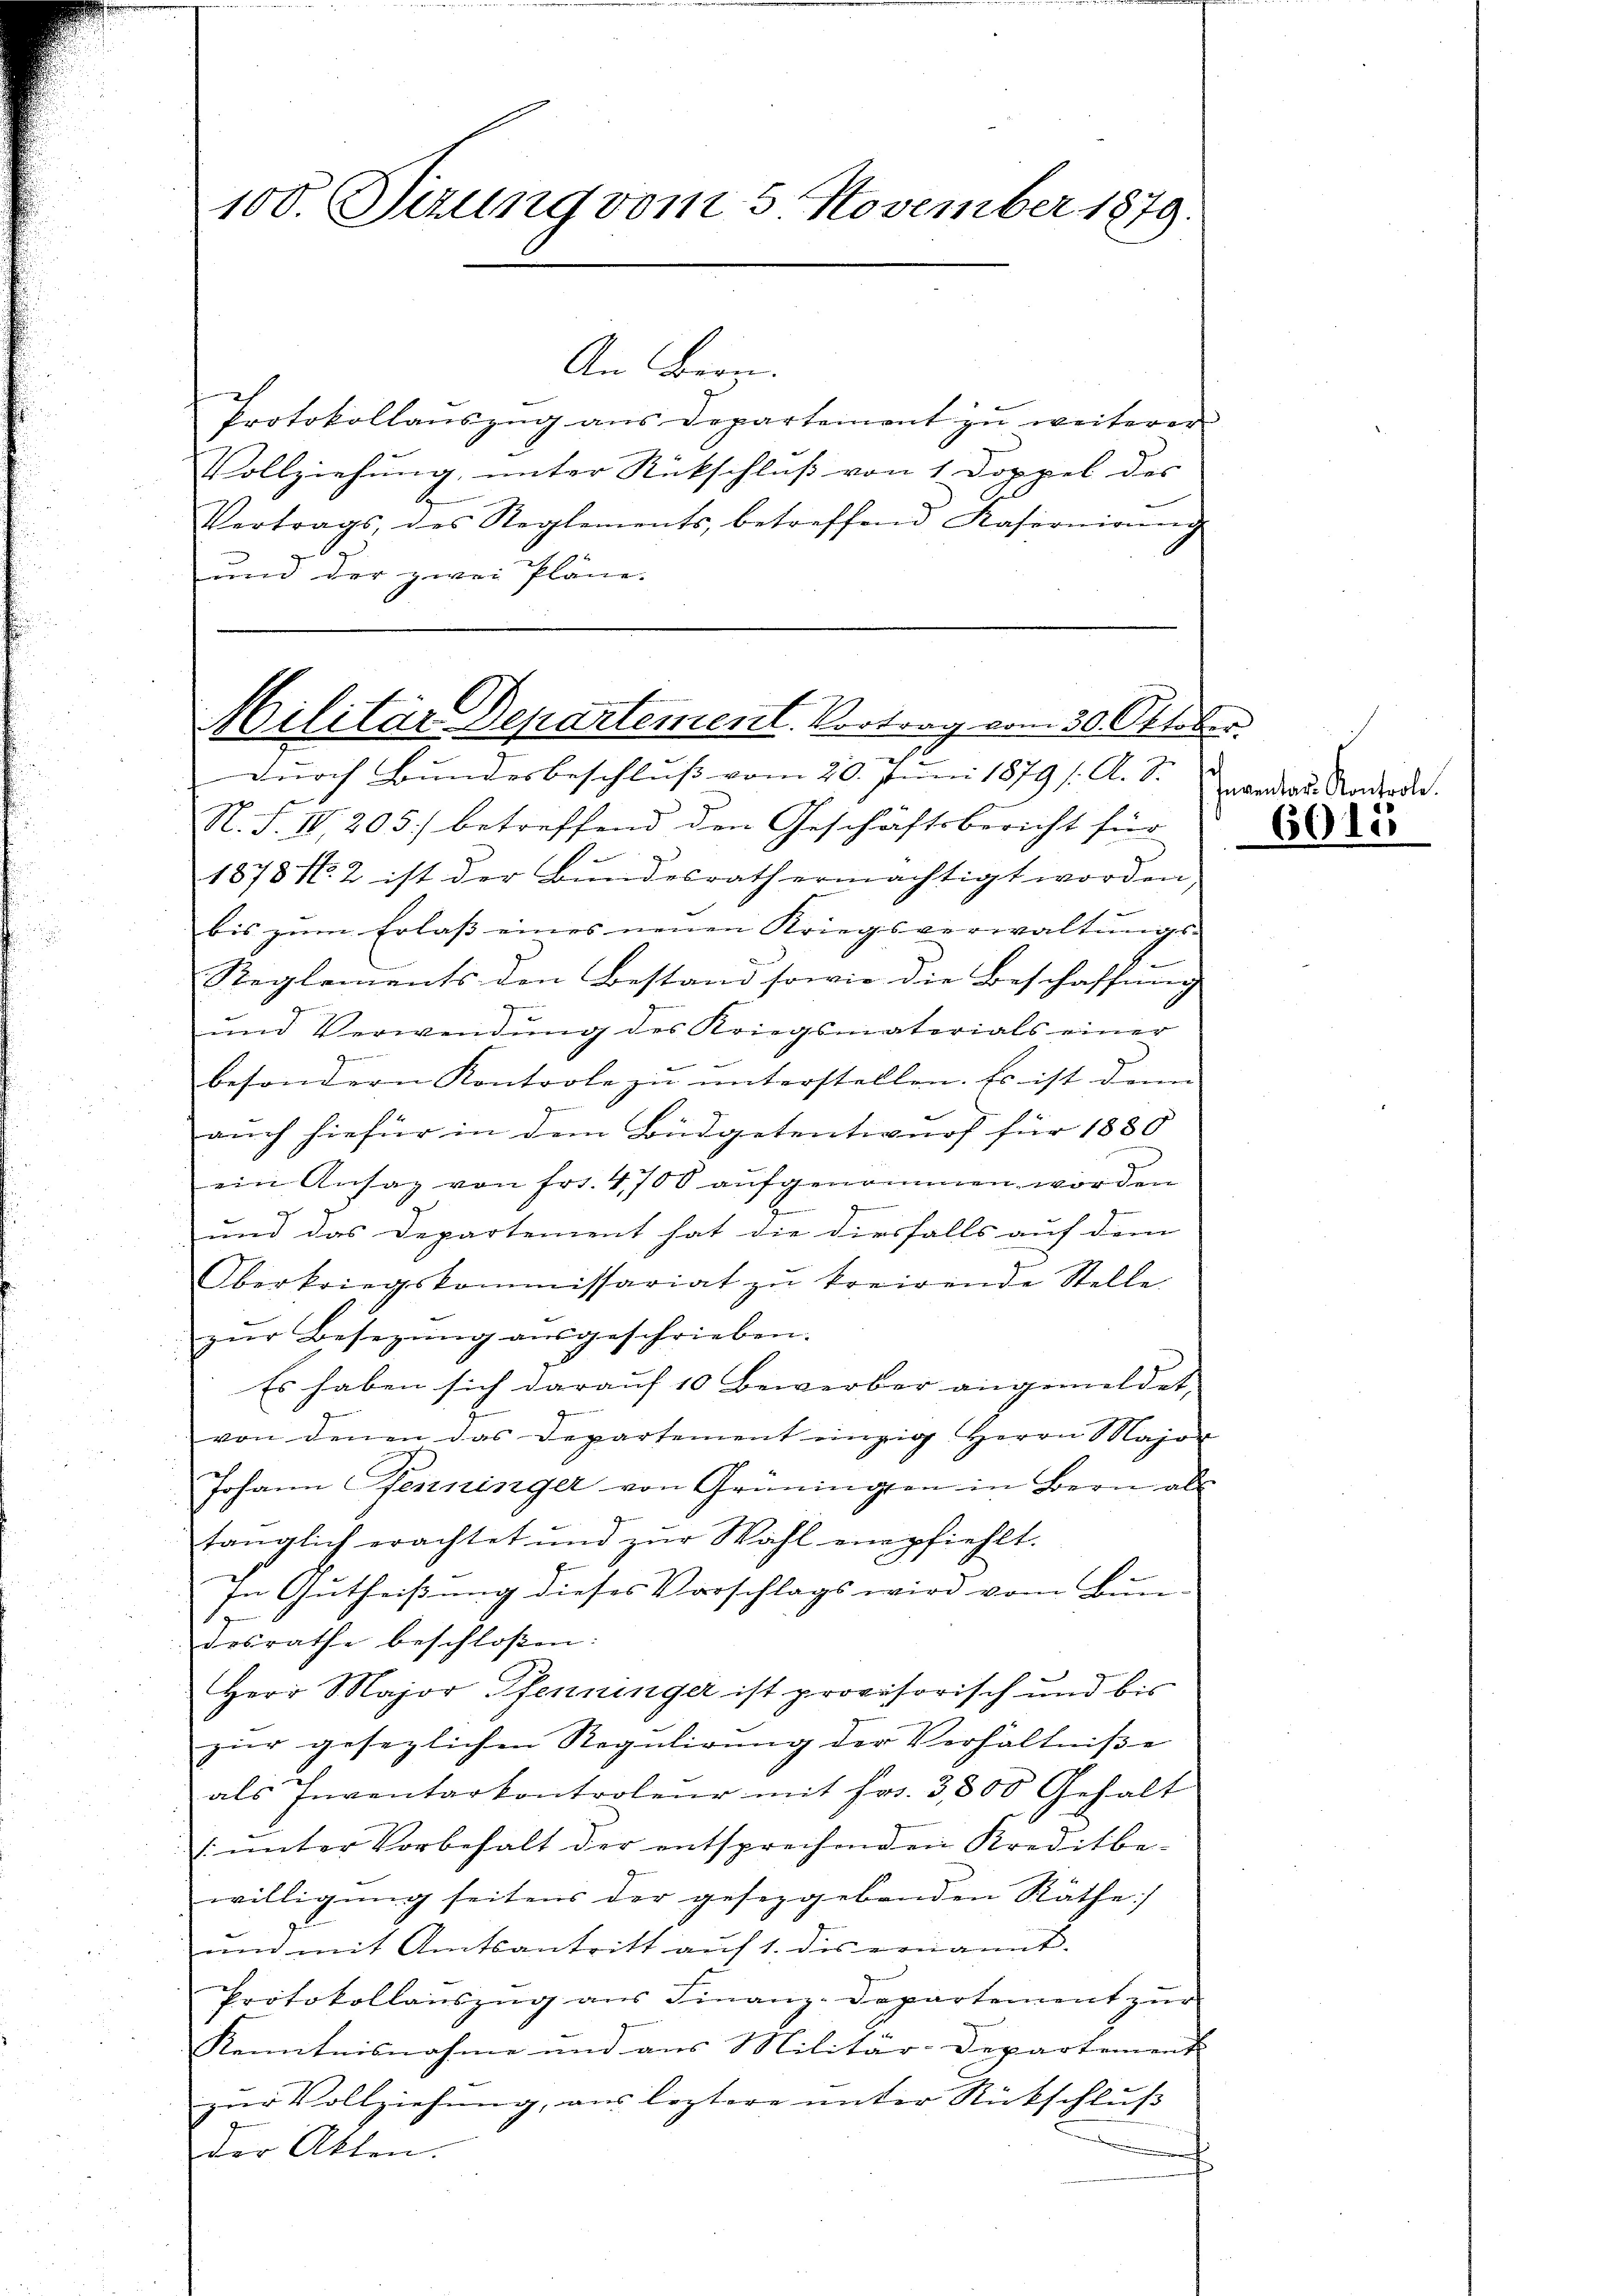
100. Sitzung vom 5. November 1879.

An Bern.
Protokollauszug aus Departement zu weiterer
Vollziehung, unter Rückschluß von 1 Doppel des |
B
Vertrags, des Reglements, betreffend Kasernionen
und der zwei Pläne.

Militär Departement. Vortrag vom 30. Oktober.
durch Bundesbeschluss vom 20. Juni 1879 s. A. S. andes Radrode.

N. F. IV 205) betreffend den Geschäftsbericht für
1878 N. 2 ist der Bŭndesrath ermächtigt worden
bis zum Erlass eines neuen Kriegsverwaltŭngs-
Reglements den Bestand sowie die Beschaffung
und Verwendŭng des Kriegsmaterials einer
gen
besondern Kontrole zŭ ŭnterstellen. Es ist dann
geme
auch hiefür in dem Büdgetentwurf für 1880
ein Ansaz von Fr. 4700 aufgenommen worden
g
und das Departement hat die diesfalls auf dem
Oberkriegskommissariat zŭ korirende Stelle
zŭr Besetzŭng aŭsgeschrieben.
Es haben sich darauf 10 Bewerber angemeldet,
von denen das Departement einzig Herrn Major
Johann Pfenninger von Grüningen in Bern als
tänglich erachtet und zŭr Wahl empfiehlt.
In Gutheißung dieses Vorschlags wird vom Bun-
desrathe beschlossen: |
Herr Major Pfenninger ist provisorisch und bis
zur gesezlichen Regulirung der Verhältnisse
als Inventarkontroleur mit Frs. 3800 Gehalt
 ŭnter Vorbehalt der entsprechenden Kreditbe-
willigung seitens der gesetzgebenden Räthe:/
und mit Amtsantritt auf 1. dis ernannt.
Protokollauszug aus Finanz-Departement zur
Kenntnisnahme und aus Militär-Departement
zur Vollziehung, aus leztere unter Rückschluß
der Akten.